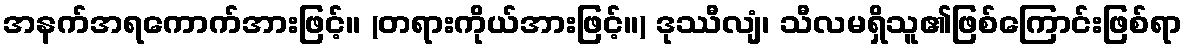
အနက်အရကောက်အားဖြင့်။ (တရားကိုယ်အားဖြင့်။) ဒုဿီလျံ၊ သီလမရှိသူ၏ဖြစ်ကြောင်းဖြစ်ရာ